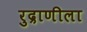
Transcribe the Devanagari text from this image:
रुद्राणीला